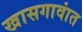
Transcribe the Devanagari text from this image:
खासगावांत